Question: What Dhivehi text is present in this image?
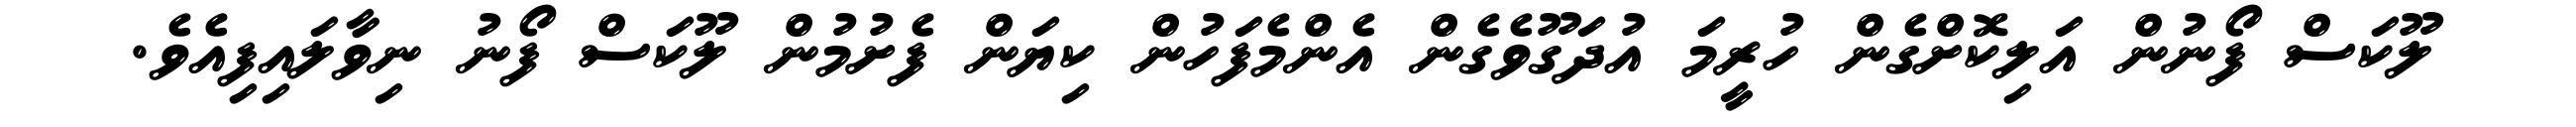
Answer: ލޫކަސް ފޯނުން އަލިކޮށްގެން ހުރީމަ އުދަގޫވެގެން އެންމެފަހުން ކިޔަން ފެށުމުން ލޫކަސް ފޯނު ނިވާލައިފިއެވެ.